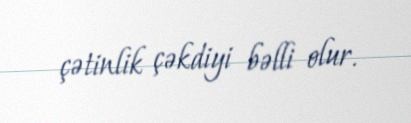
çətinlik çəkdiyi bəlli olur.